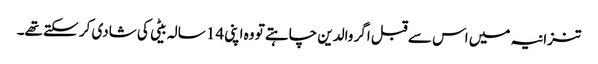
تنزانیہ میں اس سے قبل اگر والدین چاہتے تو وہ اپنی 14 سالہ بیٹی کی شادی کر سکتے تھے۔